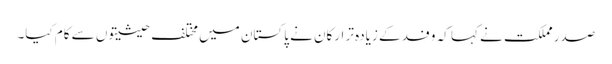
صدر مملکت نے کہا کہ وفد کے زیادہ تر ارکان نے پاکستان میں مختلف حیثیتوں سے کام کیا۔